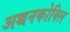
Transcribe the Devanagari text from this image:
अच्चनकोविल